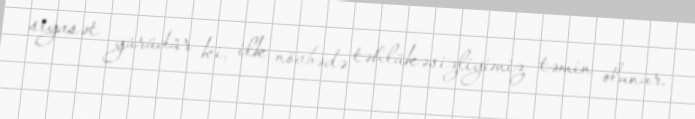
siyasət yürüdür ki, ilk növbədə təhlükəsizliyimiz təmin olunur.